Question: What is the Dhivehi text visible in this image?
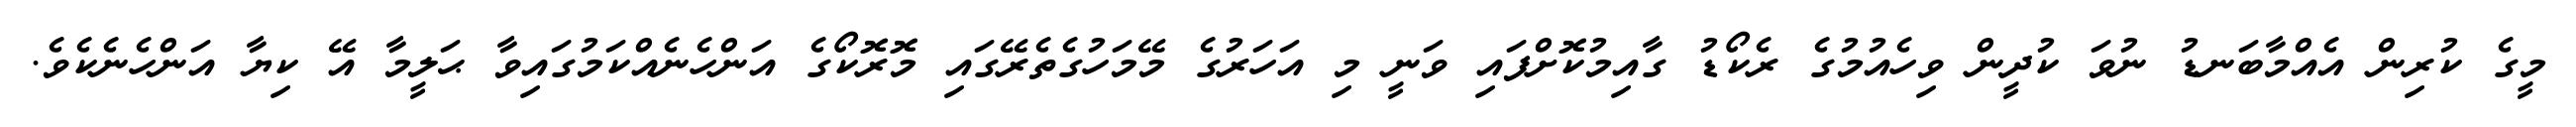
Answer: މީގެ ކުރިން އެއްމާބަނޑު ނުވަ ކުދީން ވިހެއުމުގެ ރެކޯޑު ގާއިމުކޮށްފައި ވަނީ މި އަހަރުގެ މޭމަހުގެތެރޭގައި މޮރޮކޯގެ އަންހެނެއްކަމުގައިވާ ޙަލީމާ އޭ ކިޔާ އަންހެނެކެވެ.